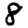
Digit: 8